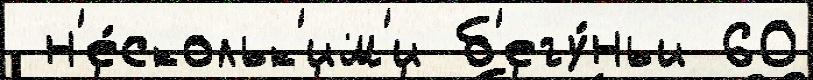
 н'е́скольк'им'и б'егу́ньи 60